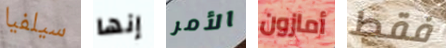
سيلفيا إنها الأمر أمازون فقط